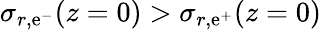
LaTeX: \sigma_{r,{\mathrm{e}^{-}}}(z=0)>\sigma_{r,{\mathrm{e}^{+}}}(z=0)